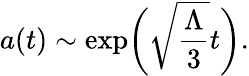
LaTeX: a(t)\sim\exp\biggl(\sqrt{\frac{\Lambda}{3}}t\biggr).